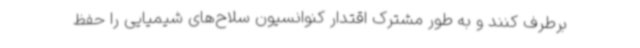
برطرف کنند و به طور مشترک اقتدار کنوانسیون سلاح‌های شیمیایی را حفظ